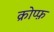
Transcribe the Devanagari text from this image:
क्रोप्फ़